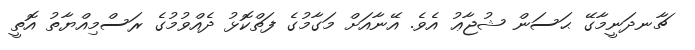
ޗާނދަނީމާގޭ ޙަސަން ޝުޖާޢު އެވެ. އޭނާއަށް މަގާމުގެ ފަތްކޮޅު ދެއްވުމުގެ ރަސްމިއްޔާތު އޮތީ